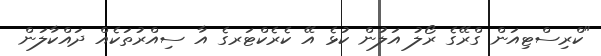
"ކްރިސްޓިއަން ގްރޭގެ ރޯލު އަލުން ކުޅެ އޭ ކެރެކްޓަރގެ އާ ސިއްރުތަކެއް ދައްކާލަން